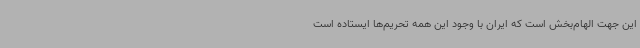
این جهت الهام‌بخش است که ایران با وجود این همه تحریم‌ها ایستاده است